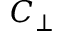
C _ { \perp }